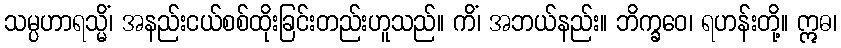
သမ္ပဟာရသ္မိံ၊ အနည်းငယ်စစ်ထိုးခြင်းတည်းဟူသည်။ ကိံ၊ အဘယ်နည်း။ ဘိက္ခဝေ၊ ရဟန်းတို့။ ဣဓ၊